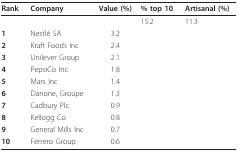
| Rank | Company | Value (%) | % top 10 | Artisanal (%) |
 | --- | --- | --- | --- | --- |
 |  |  |  | 15.2 | 11.3 |
 | 1 | Nestlé SA | 3.2 |  |  |
 | 2 | Kraft Foods Inc | 2.4 |  |  |
 | 3 | Unilever Group | 2.1 |  |  |
 | 4 | PepsiCo Inc | 1.8 |  |  |
 | 5 | Mars Inc | 1.4 |  |  |
 | 6 | Danone, Groupe | 1.3 |  |  |
 | 7 | Cadbury Plc | 0.9 |  |  |
 | 8 | Kellogg Co | 0.8 |  |  |
 | 9 | General Mills Inc | 0.7 |  |  |
 | 10 | Ferrero Group | 0.6 |  |  |